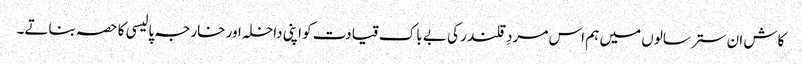
کاش ان ستر سالوں میں ہم اس مردِ قلندر کی بے باک قیادت کو اپنی داخلہ اور خارجہ پالیسی کا حصہ بناتے۔